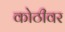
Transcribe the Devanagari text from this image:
कोठीवर